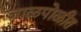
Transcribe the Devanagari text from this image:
जाळपोळीत